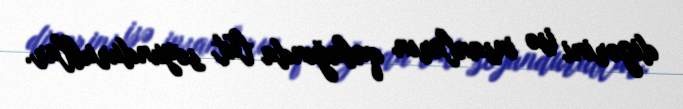
digərini isə insanların qabağında lüt soyundurublar.